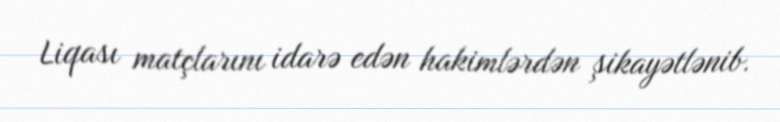
Liqası matçlarını idarə edən hakimlərdən şikayətlənib.